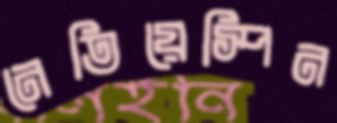
নেতিয়েস্পিন